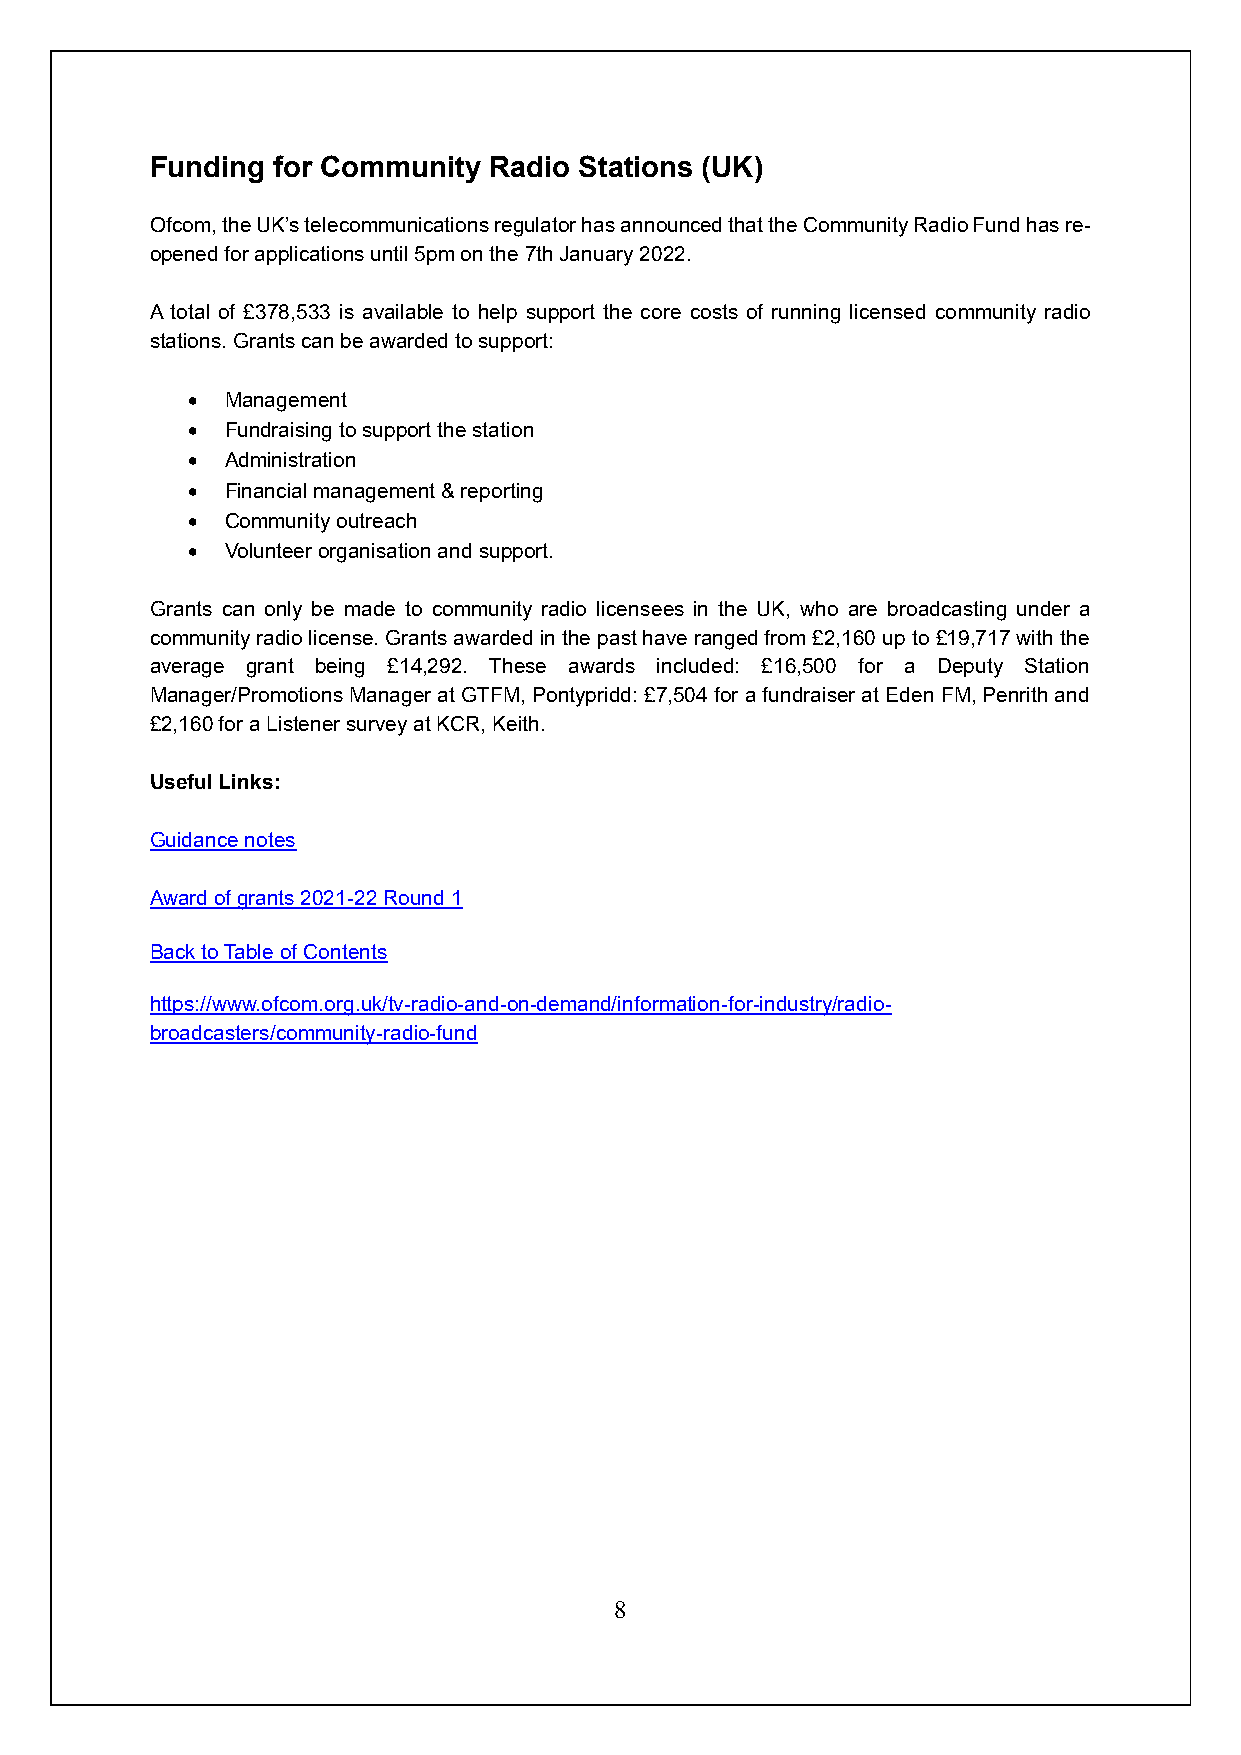
Funding for Community Radio Stations (UK)
 Ofcom, the UK’s telecommunications regulator has announced that the Community Radio Fund has re-
 opened for applications until 5pm on the 7th January 2022.
 A total of £378,533 is available to help support the core costs of running licensed community radio
 stations. Grants can be awarded to support:
 •  Management
 •  Fundraising to support the station
 •  Administration
 •  Financial management & reporting
 •  Community outreach
 •  Volunteer organisation and support.
 Grants can only be made to community radio licensees in the UK, who are broadcasting under a
 community radio license. Grants awarded in the past have ranged from £2,160 up to £19,717 with the
 average grant being £14,292. These awards included: £16,500 for a Deputy Station
 Manager/Promotions Manager at GTFM, Pontypridd: £7,504 for a fundraiser at Eden FM, Penrith and
 £2,160 for a Listener survey at KCR, Keith.
 Useful Links:
 Guidance notes
 Award of grants 2021-22 Round 1
 Back to Table of Contents
 https://www.ofcom.org.uk/tv-radio-and-on-demand/information-for-industry/radio-
 broadcasters/community-radio-fund
 8